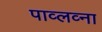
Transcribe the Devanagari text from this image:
पाव्लव्ना